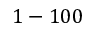
1 - 1 0 0